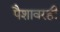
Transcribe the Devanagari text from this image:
पैशावरही